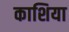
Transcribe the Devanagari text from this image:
काशिया